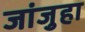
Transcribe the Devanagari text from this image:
जांजुहा